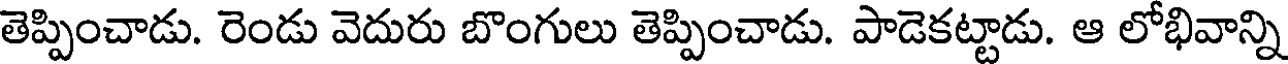
తెప్పించాడు. రెండు వెదురు బొంగులు తెప్పించాడు. పాడెకట్టాడు. ఆ లోభివాన్ని